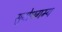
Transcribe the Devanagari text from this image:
सुबोधगम्य